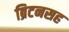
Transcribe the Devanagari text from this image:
ब्रिटनसह